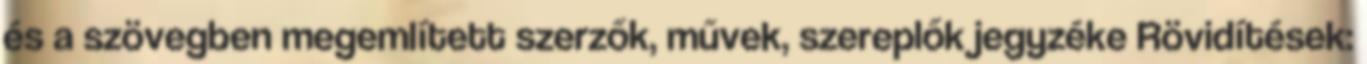
és a szövegben megemlített szerzők, művek, szereplők jegyzéke Rövidítések: